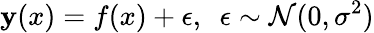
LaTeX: \mathbf{y}(x)=f(x)+\epsilon,\ \ \epsilon\sim{\mathcal{{N}}}(0,\sigma^{2})